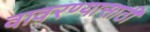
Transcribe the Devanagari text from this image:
वावरण्यासाठी